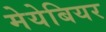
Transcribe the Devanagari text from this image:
मेयेबियर